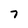
Character: 7